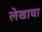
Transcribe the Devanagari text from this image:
लेेखाचा